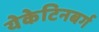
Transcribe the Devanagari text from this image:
येकेटिनबर्ग